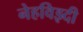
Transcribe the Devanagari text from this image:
नेहविझ्दी